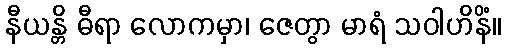
နီယန္တိ ဓီရာ လောကမှာ၊ ဇေတွာ မာရံ သဝါဟိနိံ။